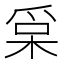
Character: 𰠀